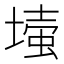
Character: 𡐉